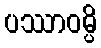
ပဿာဝမ္ပိ